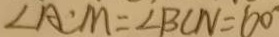
\angle A C M = \angle B C N = 6 0 ^ { \circ }